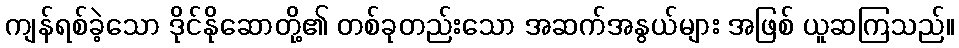
ကျန်ရစ်ခဲ့သော ဒိုင်နိုဆောတို့၏ တစ်ခုတည်းသော အဆက်အနွယ်များ အဖြစ် ယူဆကြသည်။